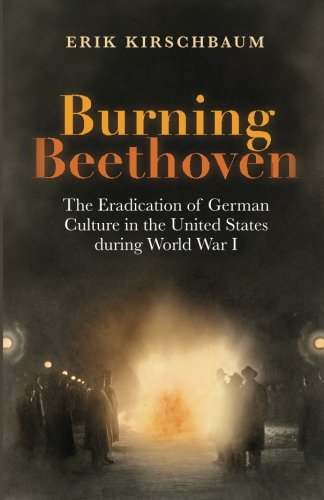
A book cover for Burning Beethoven: The Eradication of German Culture in the United States during World War I; Erik Kirschbaum; History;